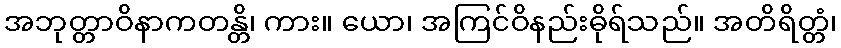
အဘုတ္တာဝိနာကတန္တိ၊ ကား။ ယော၊ အကြင်ဝိနည်းဓိုရ်သည်။ အတိရိတ္တံ၊